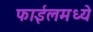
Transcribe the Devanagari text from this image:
फाईलमध्ये